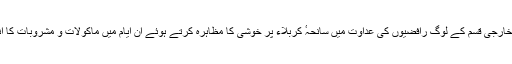
جبکہ ناصبی اور خارجی قسم کے لوگ رافضیوں کی عداوت میں سانحہٴ کربلاء پر خوشی کا مظاہرہ کرتے ہوئے ان ایام میں ماکولات و مشروبات کا انتظام کرنے لگے۔